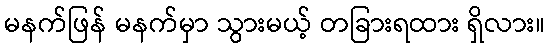
မနက်ဖြန် မနက်မှာ သွားမယ့် တခြားရထား ရှိလား။